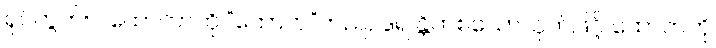
ရုပ်တွက်။ ။ ထောကာကို “ထောက”တည်, ဒူရ န္တိကစသောသုတ်ဖြင့် ထောကကို